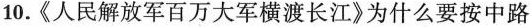
10.《人民解放军百万大军横渡长江》为什么要按中路